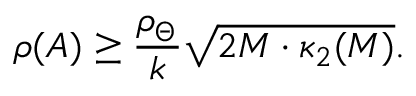
\rho ( A ) \geq \frac { \rho _ { \Theta } } { k } \sqrt { 2 M \cdot \kappa _ { 2 } ( M ) } .